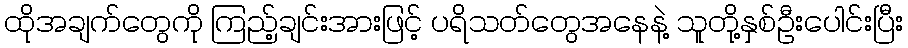
ထိုအချက်တွေကို ကြည့်ချင်းအားဖြင့် ပရိသတ်တွေအနေနဲ့ သူတို့နှစ်ဦးပေါင်းပြီး